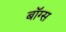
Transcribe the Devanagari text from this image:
बॉग्स